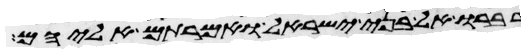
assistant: דברו אל בני ישראל ואמרתם אליהם